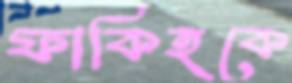
ফাকিহকে